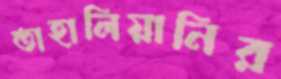
তাহালিয়ানির